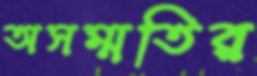
অসম্মতির